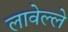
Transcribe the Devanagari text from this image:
लावेल्ले